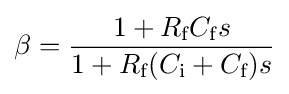
\beta ={\frac {1+R_{\text{f}}C_{\text{f}}s}{1+R_{\text{f}}(C_{\text{i}}+C_{\text{f}})s}}